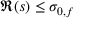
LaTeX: \Re ( s ) \leq \sigma _ { 0 , f }